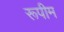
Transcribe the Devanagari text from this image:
रूपीम